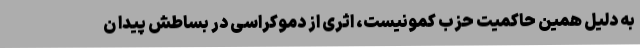
به دلیل همین حاکمیت حزب کمونیست، اثری از دموکراسی در بساطش پیدا ن